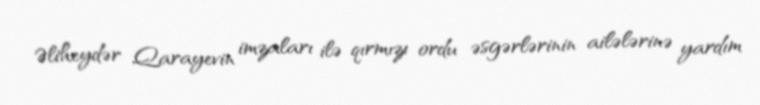
Əliheydər Qarayevin imzaları ilə qırmızı ordu əsgərlərinin ailələrinə yardım